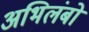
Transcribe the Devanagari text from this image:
अभिलंबों